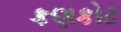
કણકોટ